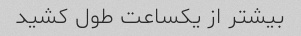
بیشتر از یکساعت طول کشید